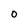
Character: O